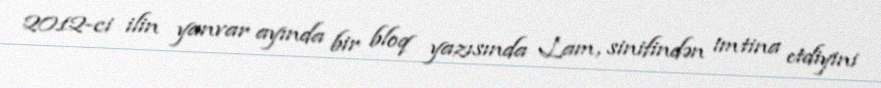
2012-ci ilin yanvar ayında bir bloq yazısında Lam, sinifindən imtina etdiyini